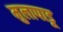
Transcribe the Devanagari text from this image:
मुलापाडू